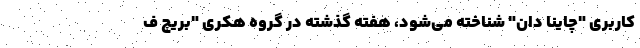
کاربری "چاینا دان" شناخته می‌شود، هفته گذشته در گروه هکری "بریچ ف